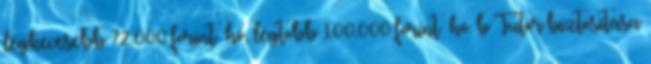
legkevesebb 72.000 forint hó, legtöbb 100.000 forint hó. b Tutor biztosítása